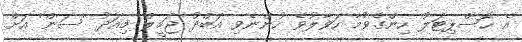
އެ ހޮސްޕިޓަލު ހިންގެވުމާ ހަވާލުވެ ހުންނެވި އަބްދު ޖަމީލް މިއަދު 'ސަން' އަށް